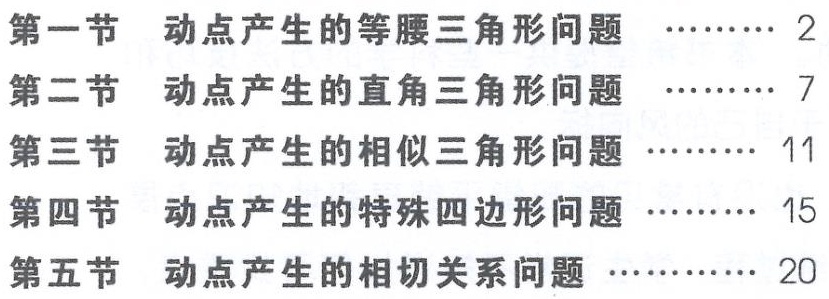
\begin{enumerate}

\item 第一节 动点产生的等腰三角形问题 \hfill 2

\item 第二节 动点产生的直角三角形问题 \hfill 7

\item 第三节 动点产生的相似三角形问题 \hfill 11

\item 第四节 动点产生的特殊四边形问题 \hfill 15

\item 第五节 动点产生的相切关系问题 \hfill 20

\end{enumerate}